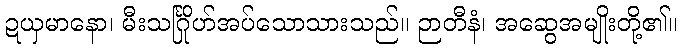
ဍယှမာနော၊ မီးသင်္ဂြိုဟ်အပ်သောသားသည်။ ဉာတီနံ၊ အဆွေအမျိုးတို့၏။